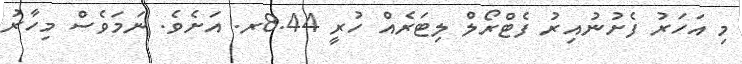
މި އަހަރު ފެށުނުއިރު ފެޓްރޯލް ލިޓަރެއް ހުރީ 8.44ރ. އަށެވެ. ނަމަވެސް މިހާރު